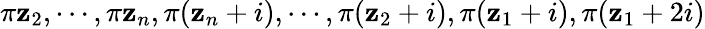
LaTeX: \pi\mathbf{z}_{2},\cdots,\pi\mathbf{z}_{n},\pi(\mathbf{z}_{n}+i),\cdots,\pi(\mathbf{z}_{2}+i),\pi(\mathbf{z}_{1}+i),\pi(\mathbf{z}_{1}+2i)